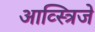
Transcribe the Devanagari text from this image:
आव्स्त्रिजे